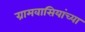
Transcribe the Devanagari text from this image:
ग्रामवासियांच्या